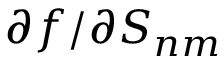
\partial f / \partial S _ { n m }